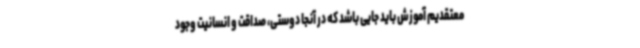
معتقدیم آموزش باید جایی باشد که در آنجا دوستی، صداقت و انسانیت وجود